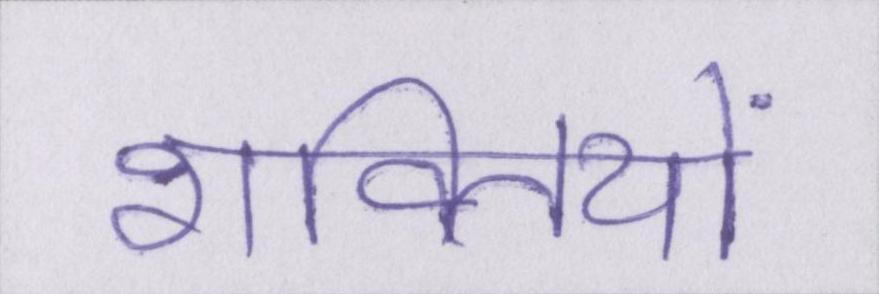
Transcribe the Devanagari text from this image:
शक्तियों